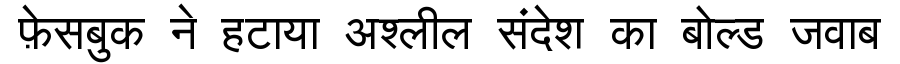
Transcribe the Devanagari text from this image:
फ़ेसबुक ने हटाया अश्लील संदेश का बोल्ड जवाब